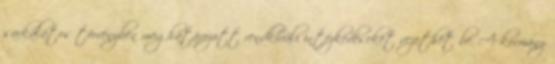
sarkalatos törvényben meghatározott rendkívüli intézkedéseket vezethet be. A kormány